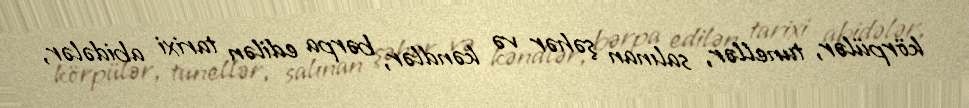
körpülər, tunellər, salınan şəhər və kəndlər, bərpa edilən tarixi abidələr,